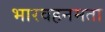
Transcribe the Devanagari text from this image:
भारवहनमता